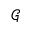
\mathcal { G }